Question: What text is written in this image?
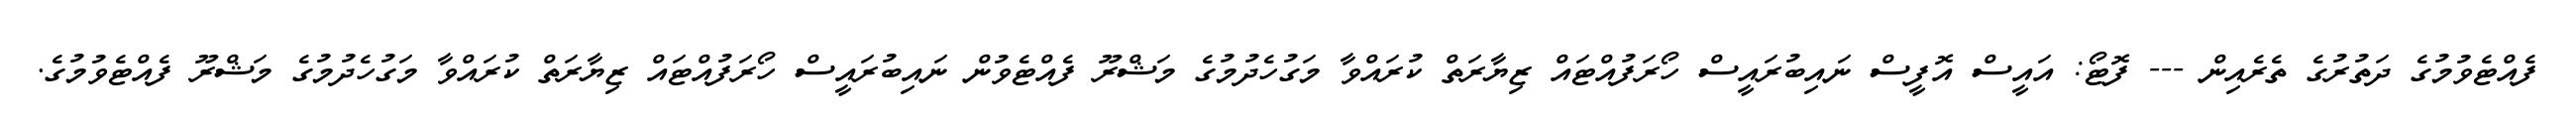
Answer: ފެއްޓެވުމުގެ ދަތުރުގެ ތެރެއިން --- ފޮޓޯ: އައީސް އޮފީސް ނައިބުރައީސް ހޯރަފުއްޓައް ޒިޔާރަތް ކުރައްވާ މަގުހެދުމުގެ މަޝްރޫ ފެއްޓެވުން ނައިބުރައީސް ހޯރަފުއްޓައް ޒިޔާރަތް ކުރައްވާ މަގުހެދުމުގެ މަޝްރޫ ފެއްޓެވުމުގެ.